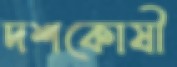
দশকোষী